Civil Veterinary Department Bengal reports 1933-51 - 1933-1951
Year: 1933
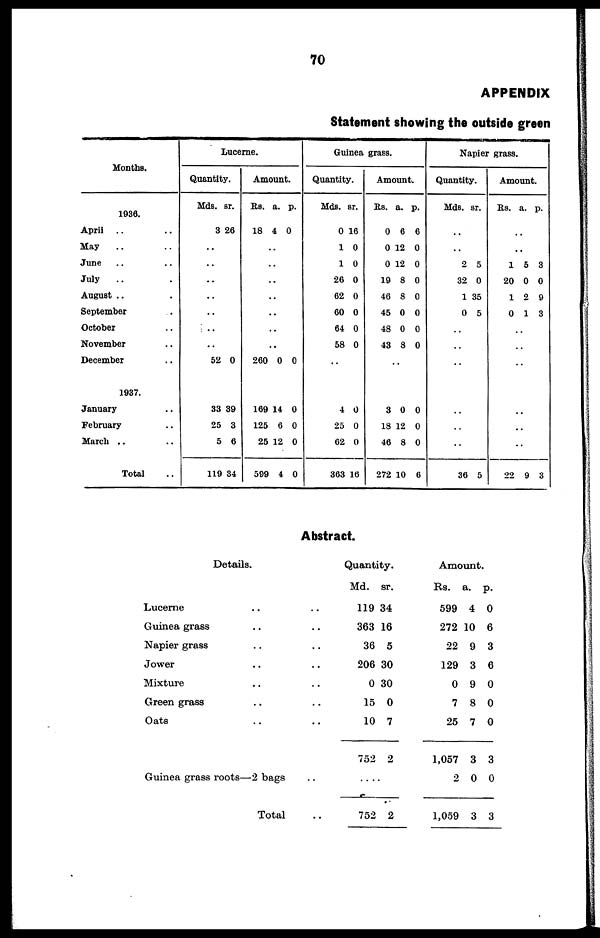
70
APPENDIX
Statement showing the outside green
Months.
1936.
Aprii .. ..
May .. ..
June .. ..
July .. ..
August .. ..
September. ..
October ...
November ..
December ..
1937.
January ..
February ..
March .. ..
Total ..
Lucerne.
Quantity.
Mds.
3
..
..
..
..
..
..
..
52
33
25
5
119
sr.
26
0
39
3
6
34
Amount.
Rs.
18
..
..
..
..
..
..
..
260
169
125
25
599
a.
4
0
14
6
12
4
p.
0
0
0
0
0
0
Guinea grass.
Quantity.
Mds.
0
1
1
26
62
60
64
58
..
4
25
62
363
sr.
16
0
0
0
0
0
0
0
0
0
0
16
Amount.
Rs.
0
0
0
19
46
45
48
43
..
3
18
46
272
a.
6
12
12
8
8
0
0
8
0
12
8
10
p.
6
0
0
0
0
0
0
0
0
0
0
6
Napier grass.
Quantity.
Mds.
..
..
2
32
1
0
..
..
..
..
..
..
36
sr.
5
0
35
5
5
Amount.
Rs.
..
..
1
20
1
0
..
..
..
..
..
..
22
a.
5
0
2
1
9
p.
3
0
9
3
3
Abstract.
Details.
Lucerne .. ..
Guinea grass .. ..
Napier grass .. ..
Jower .. ..
Mixture .. ..
Green grass .. ..
Oats .. ..
Guinea grass roots—2 bags ..
Total ..
Quantity.
Md.
119
363
36
206
0
15
10
752
sr.
34
16
5
30
30
0
7
2
....
752 2
Amount.
Rs.
599
272
22
129
0
7
25
1,057
2
1,059
a.
4
10
9
3
9
8
7
3
0
3
p.
0
6
3
6
0
0
0
3
0
3